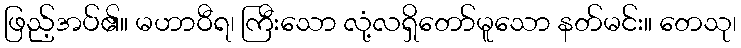
ဖြည့်အပ်၏။ မဟာဝီရ၊ ကြီးသော လုံ့လရှိတော်မူသော နတ်မင်း။ တေသု၊